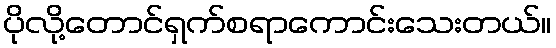
ပိုလို့တောင်ရှက်စရာကောင်းသေးတယ်။